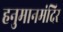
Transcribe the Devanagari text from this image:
हनुमानमंदिर